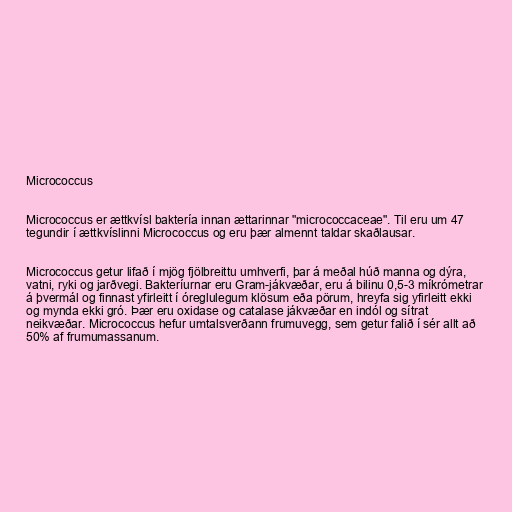
Micrococcus

Micrococcus er ættkvísl baktería innan ættarinnar "micrococcaceae". Til eru um 47
tegundir í ættkvíslinni Micrococcus og eru þær almennt taldar skaðlausar.

Micrococcus getur lifað í mjög fjölbreittu umhverfi, þar á meðal húð manna og dýra,
vatni, ryki og jarðvegi. Bakteríurnar eru Gram-jákvæðar, eru á bilinu 0,5-3 míkrómetrar
á þvermál og finnast yfirleitt í óreglulegum klösum eða pörum, hreyfa sig yfirleitt ekki
og mynda ekki gró. Þær eru oxidase og catalase jákvæðar en indól og sítrat
neikvæðar. Micrococcus hefur umtalsverðann frumuvegg, sem getur falið í sér allt að
50% af frumumassanum.